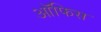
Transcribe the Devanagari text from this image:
आॅफिस